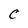
Character: C